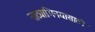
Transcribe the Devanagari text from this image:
नाट्याभिनयासाठी